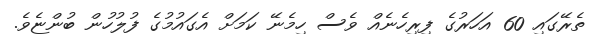
ތެރޭގައި 60 އަހަރުގެ ފިރިހެނެއް ވެސް ހިމެނޭ ކަމަށް އެގައުމުގެ ފުލުހުން ބުންޏެވެ.